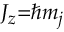
\scriptstyle J _ { z } = \hbar m _ { j }